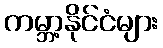
ကမ္ဘာ့နိုင်ငံများ